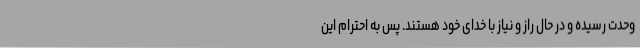
وحدت رسیده و در حال راز و نیاز با خدای خود هستند. پس به احترام این